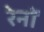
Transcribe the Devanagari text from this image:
रेनों